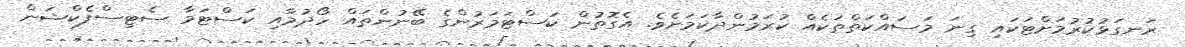
ރަނގަޅުކުރުމަށްޓަކައި ގިނަ މަސައްކަތްތަކެއް ކުރަމުންދާކަމަށެވެ. އެގޮތުން ކަސްޓަމަރުންގެ ބޭނުންތައް ހޯދުމާއި ކަސްޓަމާ ސެޓިސްފެކްޝަން